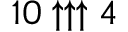
1 0 \uparrow \uparrow \uparrow 4